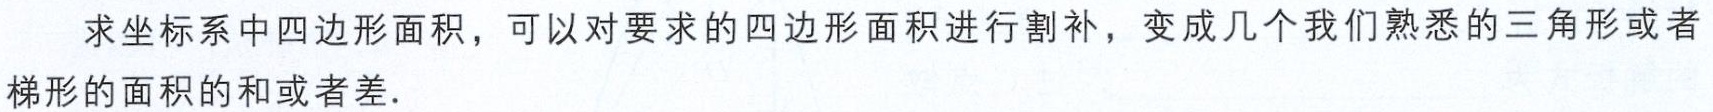
求坐标系中四边形面积，可以对要求的四边形面积进行割补，变成几个我们熟悉的三角形或者梯形的面积的和或者差.